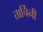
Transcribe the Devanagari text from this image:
तार्चिनी